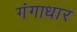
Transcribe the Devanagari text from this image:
गंगाधार